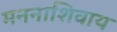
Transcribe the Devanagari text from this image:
मननाशिवाय